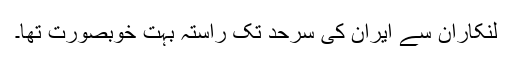
لنکاران سے ایران کی سرحد تک راستہ بہت خوبصورت تھا۔